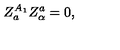
Z _ { a } ^ { A _ { 1 } } Z _ { \alpha } ^ { a } = 0 ,